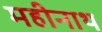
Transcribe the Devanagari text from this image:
महीनाथ